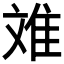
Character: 𮥷